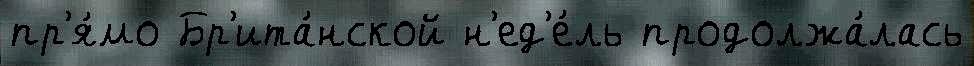
пр'я́мо Бр'ита́нской н'ед'е́ль продолжа́лась